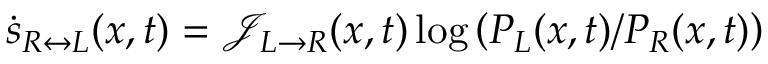
\dot { s } _ { R \leftrightarrow L } ( x , t ) = \mathcal { J } _ { L \rightarrow R } ( x , t ) \log \left( P _ { L } ( x , t ) / P _ { R } ( x , t ) \right)